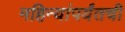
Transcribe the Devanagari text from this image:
महिन्यांपर्यंतची